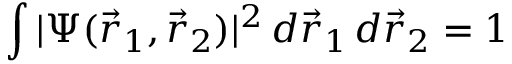
\int | \Psi ( \vec { r } _ { 1 } , \vec { r } _ { 2 } ) | ^ { 2 } \, d \vec { r } _ { 1 } \, d \vec { r } _ { 2 } = 1